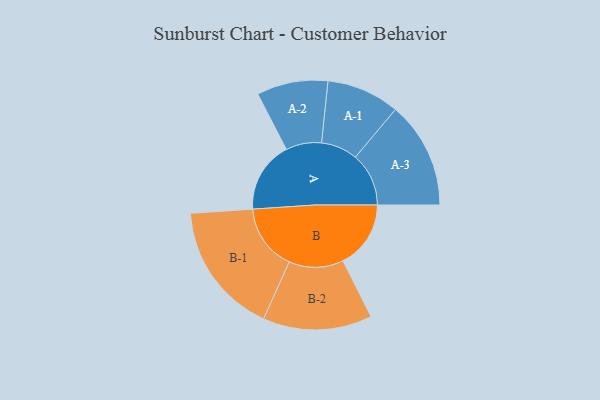
{"axis": {"x": "Segment", "y": "Value"}, "legend": ["", "A", "B"], "data": [{"x": "A", "y": 312, "type": ""}, {"x": "B", "y": 297, "type": ""}, {"x": "A-1", "y": 160, "type": "A"}, {"x": "A-2", "y": 156, "type": "A"}, {"x": "A-3", "y": 234, "type": "A"}, {"x": "B-1", "y": 290, "type": "B"}, {"x": "B-2", "y": 239, "type": "B"}]}